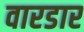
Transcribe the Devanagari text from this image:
वारडार